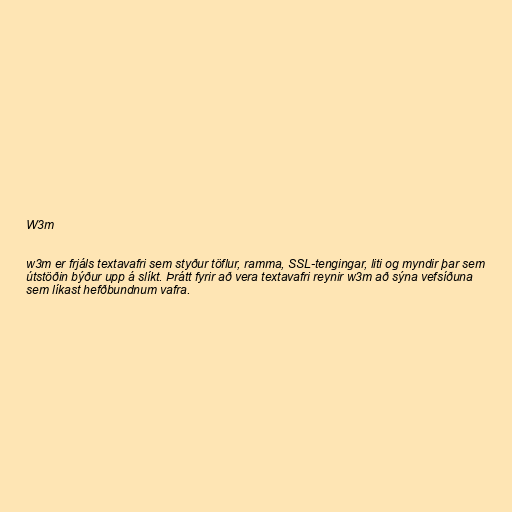
W3m

w3m er frjáls textavafri sem styður töflur, ramma, SSL-tengingar, liti og myndir þar sem
útstöðin býður upp á slíkt. Þrátt fyrir að vera textavafri reynir w3m að sýna vefsíðuna
sem líkast hefðbundnum vafra.